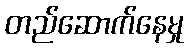
တည်ဆောက်နေမှု